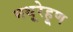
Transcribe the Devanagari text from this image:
मथूरेहूण